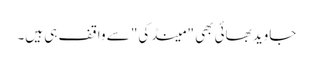
جاوید بھائی بھی "مینڈکی" سے واقف ہی ہیں۔